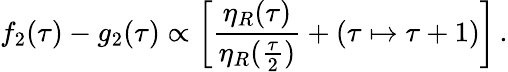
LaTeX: f_{2}(\tau)-g_{2}(\tau)\propto\left[{\frac{\eta_{R}(\tau)}{\eta_{R}({\frac{\tau}{2}})}}+(\tau\mapsto\tau+1)\right]\, .